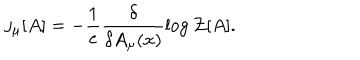
LaTeX: j _ { \mu } [ A ] = - \frac { 1 } { e } \frac { \delta } { \delta A _ { \mu } ( x ) } \log { \cal { Z } } [ A ] .